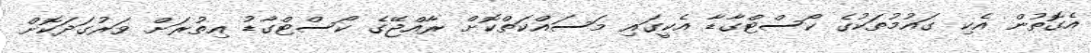
އެގޮތުން އެކި ގައުމުތަކުގެ ކޯސްޓްގާޑާ އެކީގައި މަސައްކަތްކޮށް ރާއްޖޭގެ ކޯސްޓްގާޑު އިތުރަށް ވަރުގަދަކޮށް